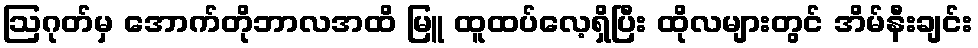
ဩဂုတ်မှ အောက်တိုဘာလအထိ မြူ ထူထပ်လေ့ရှိပြီး ထိုလများတွင် အိမ်နီးချင်း